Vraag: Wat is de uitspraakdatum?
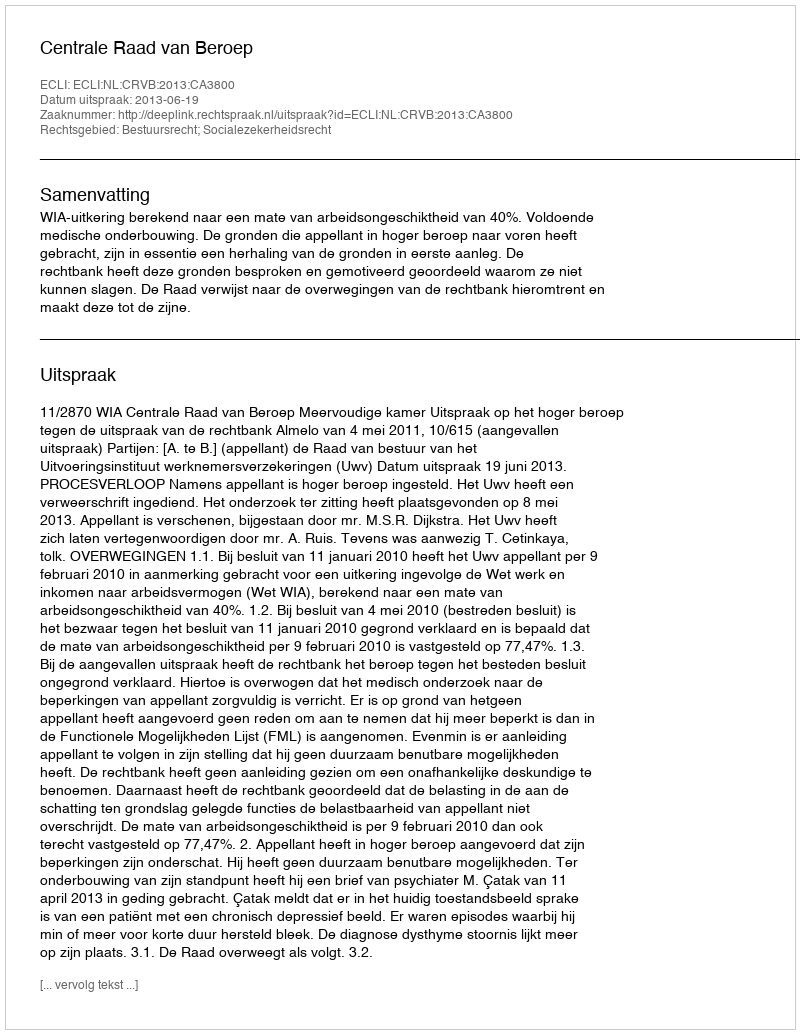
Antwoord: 2013-06-19